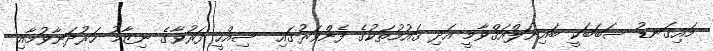
މައިގަނޑު ސަބަބަކީ ބައިނަލްއަޤްވާމީ އަދި ޤައުމުތަކުގެ ފެންވަރުގައި ސިއްހީ ފަރުވާގެ ނިޒާމު ހަރުދަނާވުމާއި